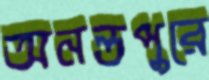
অনন্তপুরে